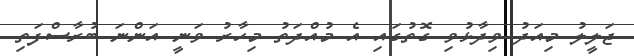
ޖަލީލު މިއަދު ވިދާޅުވި ގޮތުގައި އެ މުއްދަތު މިހާރު ވަނީ އަންނަ ބުރާސްފަތި